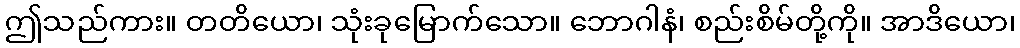
ဤသည်ကား။ တတိယော၊ သုံးခုမြောက်သော။ ဘောဂါနံ၊ စည်းစိမ်တို့ကို။ အာဒိယော၊